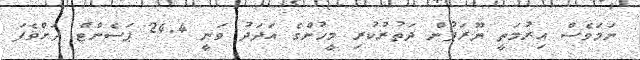
ނަމަވެސް އިރުމަތީ ޔޫރަޕުން ދަތުރުކުރި މީހުންގެ އަދަދު ވަނީ 24.4 ޕަސެންޓް ދަށްވެފަ